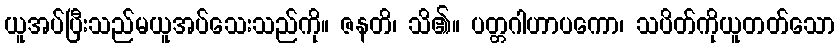
ယူအပ်ပြီးသည်မယူအပ်သေးသည်ကို။ ဇနတိ၊ သိ၏။ ပတ္တဂါဟာပကော၊ သပိတ်ကိုယူတတ်သော